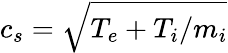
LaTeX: c_{s}=\sqrt{T_{e}+T_{i}/m_{i}}